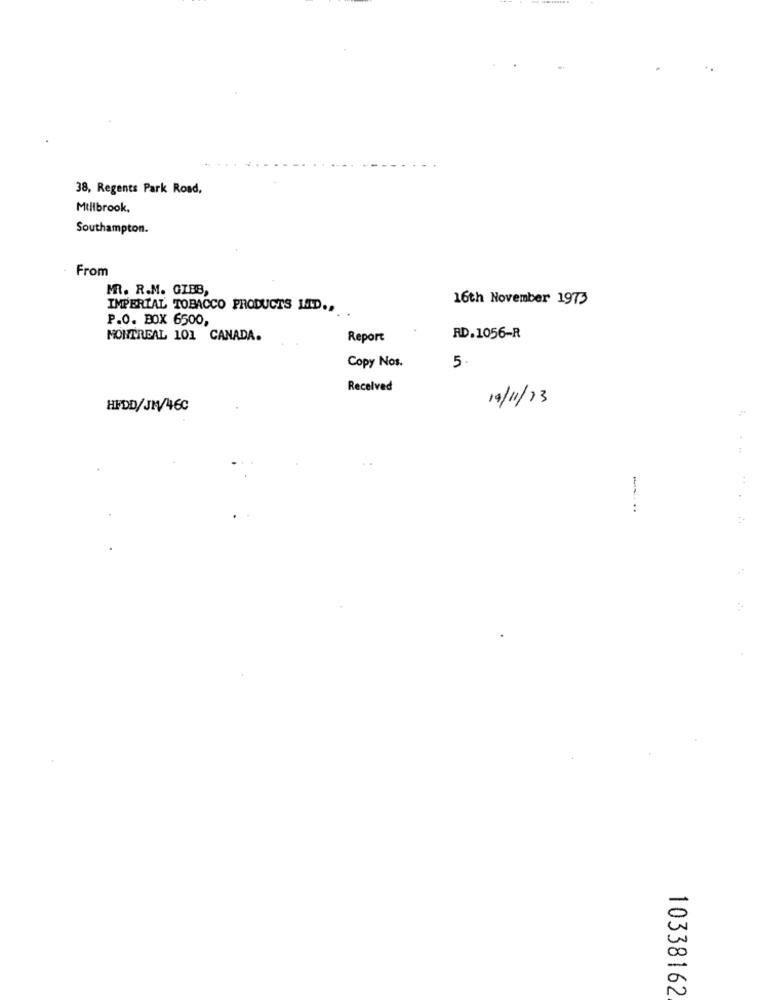
38, Regents Park Road,
Millbrook,
Southampton.
From
MR. R.M. GIBB,
16th November 1973
IMPERIAL TOBACCO PRODUCTS LTD .,
P.O. BOX 6500,
MONTREAL 101 CANADA.
Report
RD.1056-R
Copy Nos.
5.
Received
19/11/13
HFDD/JM/46C
-
00
-
10338162